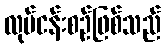
လုပ်ငန်းစဉ်ဖြစ်သည်